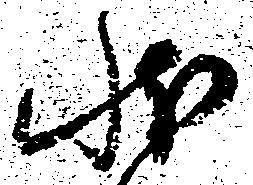
状